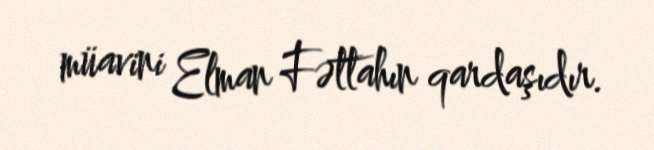
müavini Elman Fəttahın qardaşıdır.